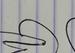
Signature authenticity: genuine